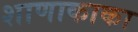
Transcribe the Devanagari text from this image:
शाणाकाका